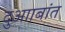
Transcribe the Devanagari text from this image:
दुआाबांत